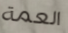
العمة